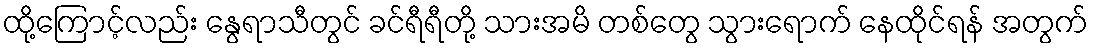
ထို့ကြောင့်လည်း နွေရာသီတွင် ခင်ရီရီတို့ သားအမိ တစ်တွေ သွားရောက် နေထိုင်ရန် အတွက်